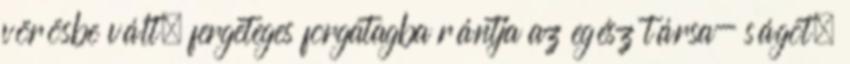
vörösbe vált, fergeteges forgatagba rántja az egész társa- ságot.